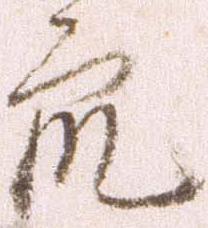
衆